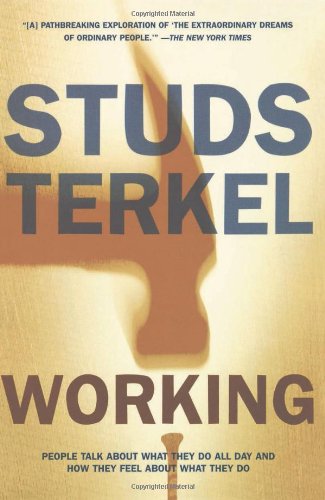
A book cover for Working: People Talk About What They Do All Day and How They Feel About What They Do; Studs Terkel; Business & Money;